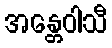
အန္တေဝါသီ